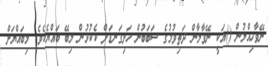
ނޭވާހިއްލުން ()އަކީ ނޭވާލާން ދަތިވުމުގެ ސަބަބުން ހަށިގަނޑަށް ކެކުޅުން ލިބޭ ބައްޔެކެވެ. މިބައްޔަށް